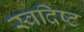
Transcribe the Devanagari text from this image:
स्वदिष्ट